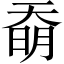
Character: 奣